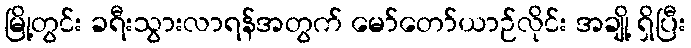
မြို့တွင်း ခရီးသွားလာရန်အတွက် မော်တော်ယာဉ်လိုင်း အချို့ ရှိပြီး